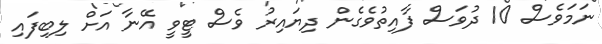
ނަމަވެސް 10 ދުވަސް ފާއިތުވެގެން ދިޔައިރު ވެސް ޓީވީ އޭނާ އަށް ލިބިފައި